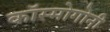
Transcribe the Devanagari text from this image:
कॉस्मोगोनी